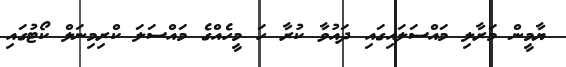
ޔާމީން މަރާލި މައްސަލައިގައި ދައުވާ ކުރާ ހަ މީހެއްގެ މައްސަލަ ކްރިމިނަލް ކޯޓުގައި